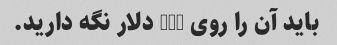
باید آن را روی 100 دلار نگه دارید.